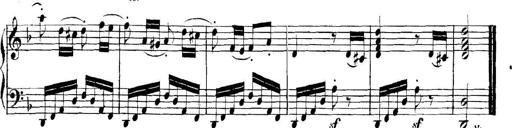
Title: Collected Piano Sonatas
Composer: Muzio Clementi